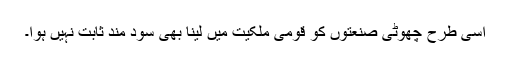
اسی طرح چھوٹی صنعتوں کو قومی ملکیت میں لینا بھی سود مند ثابت نہیں ہوا۔